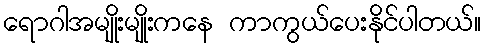
ရောဂါအမျိုးမျိုးကနေ ကာကွယ်ပေးနိုင်ပါတယ်။